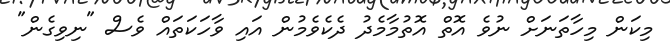
މިކަން މިހާތަނަށް ނުވެ އޮތް އޮތުމާމެދު ދެކެވެމުން އައި ވާހަކަތައް ވެސް "ނިވިގެން"